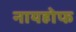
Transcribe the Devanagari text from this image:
नायहोफ